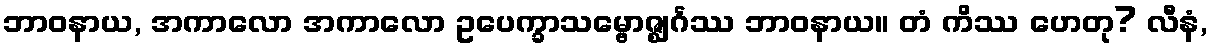
ဘာဝနာယ, အကာလော အကာလော ဥပေက္ခာသမ္ဗောဇ္ဈင်္ဂဿ ဘာဝနာယ။ တံ ကိဿ ဟေတု? လီနံ,